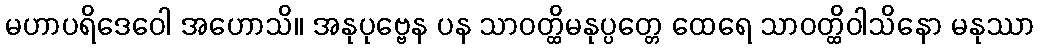
မဟာပရိဒေဝေါ အဟောသိ။ အနုပုဗ္ဗေန ပန သာဝတ္ထိမနုပ္ပတ္တေ ထေရေ သာဝတ္ထိဝါသိနော မနုဿာ